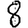
Digit: 8